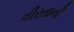
વીરતાની